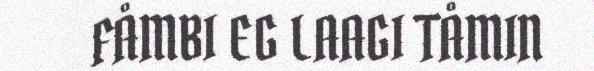
FÅMBI EG LAAGI TÅMIN